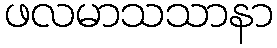
ဖလမာသသာနာ